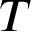
\b { T }